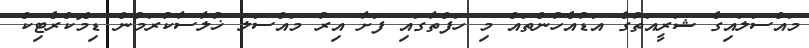
މައްސަލައިގެ ޝަރީއަތުގެ އަޑުއެހުންތައް މި ހަފްތާގައި ފަށާ އިރު މައްސަލަ ޚުލާސާކުރަމުން ޑިމޮކްރެޓިކް